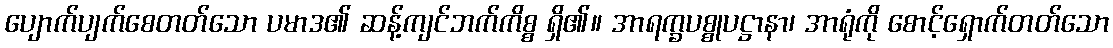
ပျောက်ပျက်စေတတ်သော ပမာဒ၏ ဆန့်ကျင်ဘက်ကိစ္စ ရှိ၏။ အာရက္ခပစ္စုပဋ္ဌာနာ၊ အာရုံကို စောင့်ရှောက်တတ်သော